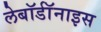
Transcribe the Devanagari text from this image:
लेबॉर्डॉनाइस